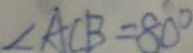
\angle A C B = 8 0 ^ { \circ }